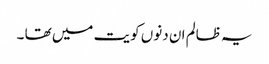
یہ ظالم ان دنوں کویت میں تھا ۔